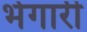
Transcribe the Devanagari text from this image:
भेगारी